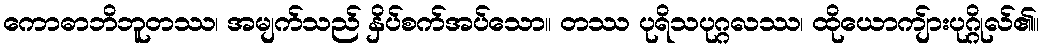
ကောဓာဘိဘူတဿ၊ အမျက်သည် နှိပ်စက်အပ်သော။ တဿ ပုရိသပုဂ္ဂလဿ၊ ထိုယောကျ်ားပုဂ္ဂိုလ်၏။